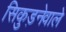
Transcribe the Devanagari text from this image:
सिकुड़नेवाले